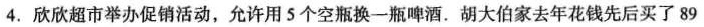
4.欣欣超市举办促销活动，允许用5个空瓶换一瓶啤酒。胡大伯家去年花钱先后买了89